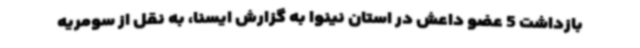
بازداشت 5 عضو داعش در استان نینوا به گزارش ایسنا، به نقل از سومریه